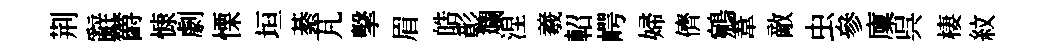
荆辭欝慷劇慄垣綦芃擊眉皓彰斕涅羲軺崿婦儕鵷葦敵虫參廩呉棲紋